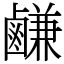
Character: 鹻